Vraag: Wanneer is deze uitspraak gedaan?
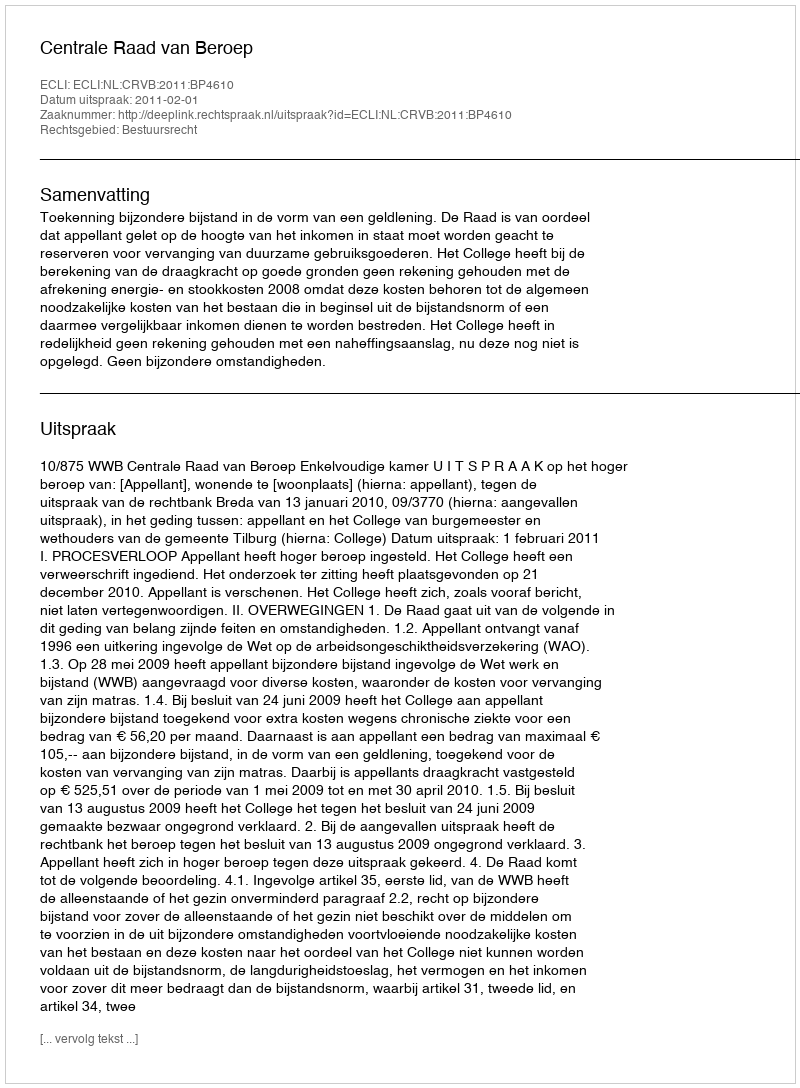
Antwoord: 2011-02-01